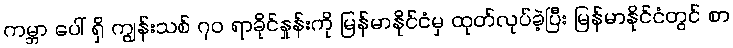
ကမ္ဘာ ပေါ် ရှိ ကျွန်းသစ် ၇၀ ရာခိုင်နှုန်းကို မြန်မာနိုင်ငံမှ ထုတ်လုပ်ခဲ့ပြီး မြန်မာနိုင်ငံတွင် စာ